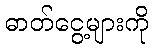
ဓာတ်ငွေ့များကို